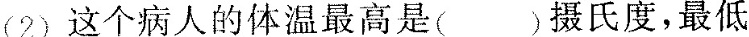
(2)这个病人的体温最高是( )摄氏度，最低